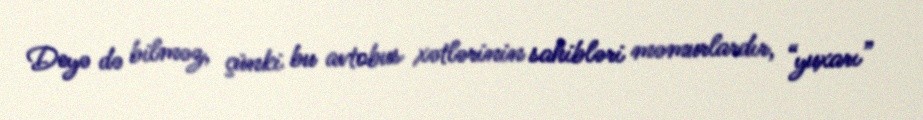
Deyə də bilməz, çünki bu avtobus xətlərinin sahibləri məmurlardır, “yuxarı”